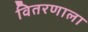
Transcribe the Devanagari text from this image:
वितरणाला